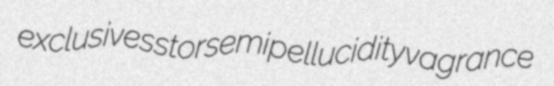
exclusive sstor semipellucidity vagrance